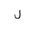
Letter: _lam